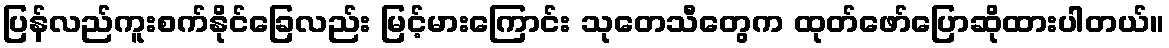
ပြန်လည်ကူးစက်နိုင်ခြေလည်း မြင့်မားကြောင်း သုတေသီတွေက ထုတ်ဖော်ပြောဆိုထားပါတယ်။